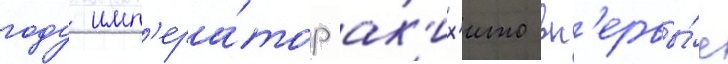
году имп'ера́тор ак'их'ито вп'ервы́е